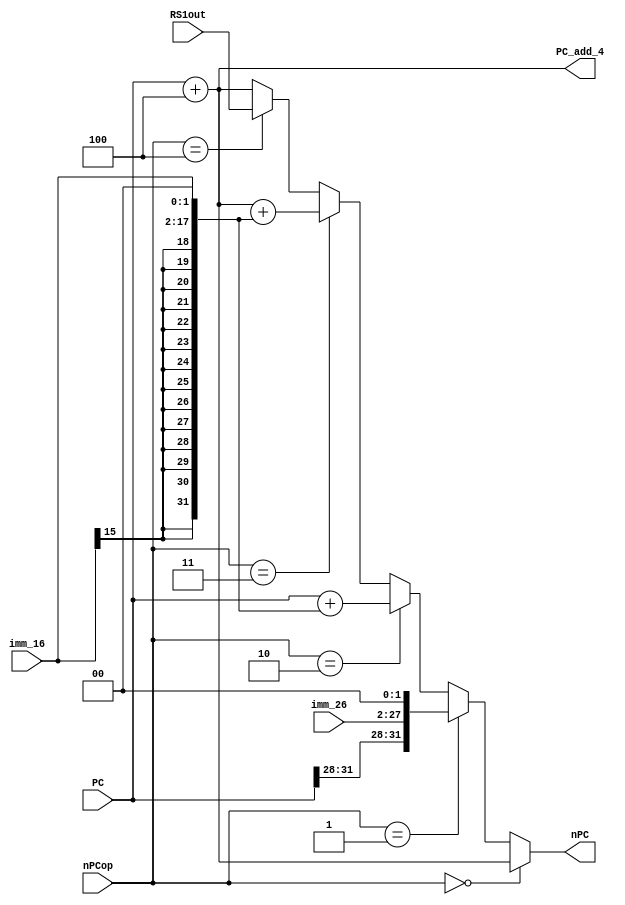
module nPC (imm_16,imm_26,PC,nPCop,nPC,PC_add_4,RS1out);
    input [25:0]  imm_26 ;
    input [15:0]  imm_16 ;
    input [31:0]  PC;
    input  [2:0]  nPCop;          
    input [31:0] RS1out;
    output [31:0] nPC;                //output to IM
    output [31:0] PC_add_4;          //output to $31
                                     //zero and IFbeq are transmitted to Controller to effect nPCop
    
    assign PC_add_4 = PC+'h4;             // it's diffrent from single-cycle cpu
    
    assign nPC = (nPCop == 3'b000)?PC_add_4:
                 (nPCop == 3'b001)?{PC[31:28],imm_26,2'b00}://j
                 (nPCop == 3'b010)?(PC+{{14{imm_16[15]}},imm_16,2'b00}): //`DEBUG_DEV_DATA ;
                 (nPCop == 3'b011)?(PC_add_4+{{14{imm_16[15]}},imm_16,2'b00}):
                 (nPCop == 3'b100)?(RS1out):PC_add_4; //beq,rs = pc //???//
endmodule